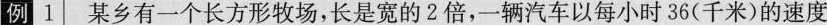
例1 某乡有一个长方形牧场，长是宽的2倍，一辆汽车以每小时36(千米)的速度